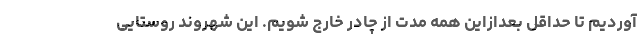
آوردیم تا حداقل بعدازاین همه مدت از چادر خارج شویم. این شهروند روستایی